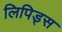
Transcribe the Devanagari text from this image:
लिपिड्स